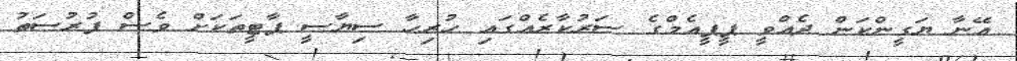
އޭނާ ޔަގީންކަން ދެއްވީ ޕީޕީއެމްގެ ސަރުކާރެއްގައި ހުރިހާ ސިޔާސީ ޕާޓީތަކަށް ވެސް ފުރުސަތު